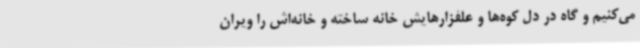
می‌کنیم و گاه در دل کوه‌ها و علفزارهایش خانه ساخته و خانه‌اش را ویران